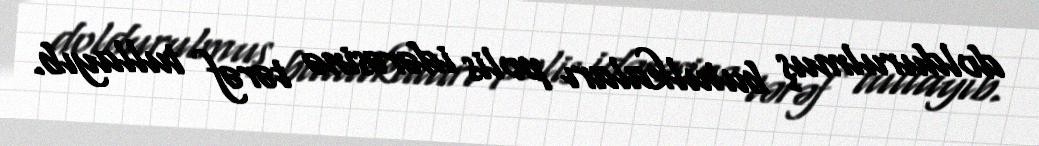
doldurulmuş butulkaları polis idərəsinə tərəf tullayıb.